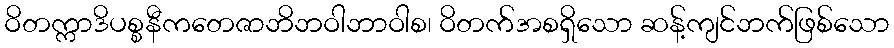
ဝိတက္ကာဒိပစ္စနီကတေဇာဘိဘဝါဘာဝါစ၊ ဝိတက်အစရှိသော ဆန့်ကျင်ဘက်ဖြစ်သော